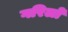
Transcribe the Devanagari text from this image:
गरिलो